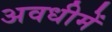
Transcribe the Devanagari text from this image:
अवधीमें